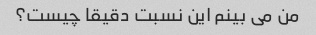
من می بینم این نسبت دقیقا چیست؟